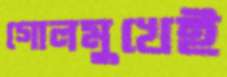
গোলমুখেই